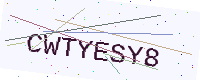
Text: CWTYESY8